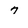
Character: 7